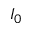
I _ { 0 }